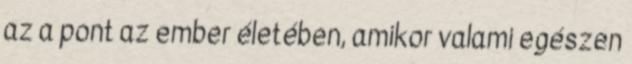
az a pont az ember életében, amikor valami egészen